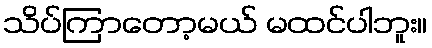
သိပ်ကြာတော့မယ် မထင်ပါဘူး။